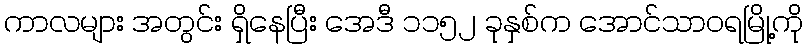
ကာလများ အတွင်း ရှိနေပြီး အေဒီ ၁၁၅၂ ခုနှစ်က အောင်သာဝရမြို့ကို